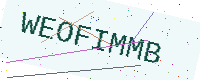
Text: WEOFIMMB